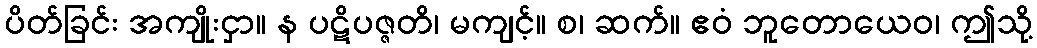
ပိတ်ခြင်း အကျိုးငှာ။ န ပဋိပဇ္ဇတိ၊ မကျင့်။ စ၊ ဆက်။ ဧဝံ ဘူတောယေဝ၊ ဤသို့